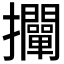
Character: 𢺛